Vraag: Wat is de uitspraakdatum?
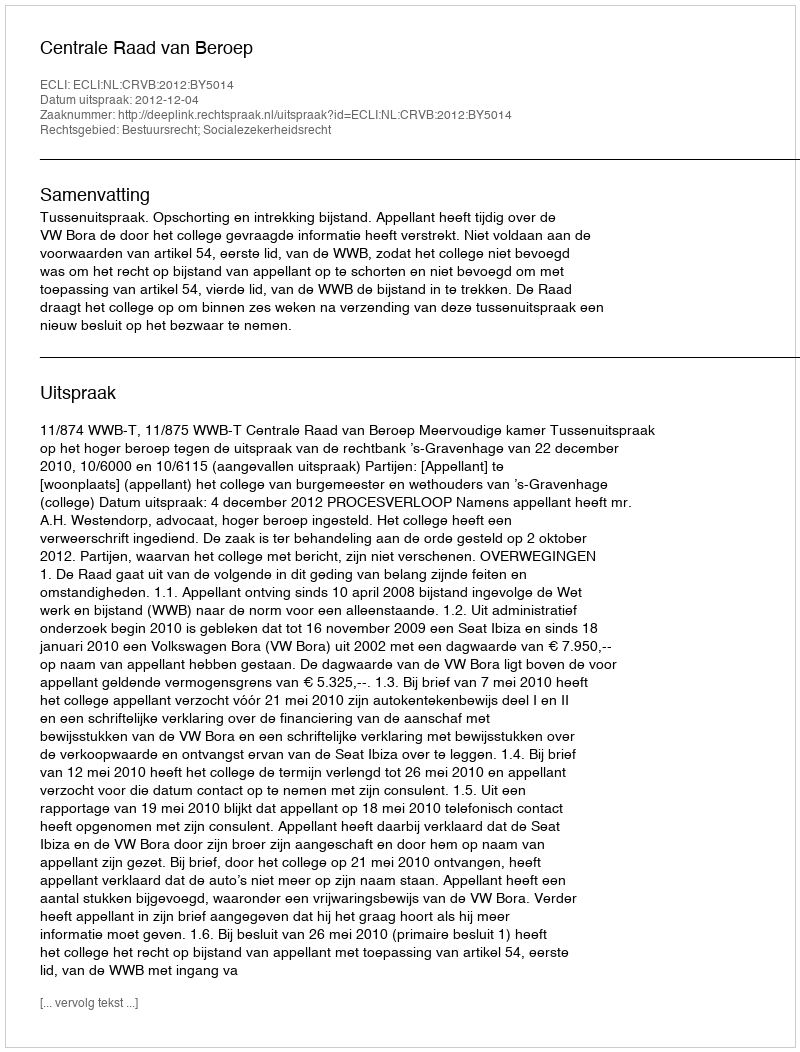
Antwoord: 2012-12-04